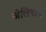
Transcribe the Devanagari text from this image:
जेलिबीन